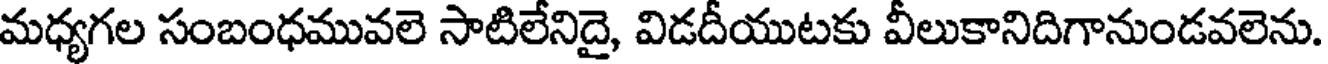
మధ్యగల సంబంధమువలె సాటిలేనిదై, విడదీయుటకు వీలుకానిదిగానుండవలెను.